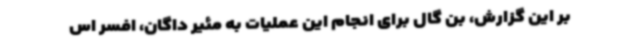
بر این گزارش، بن گال برای انجام این عملیات به مئیر داگان، افسر اس